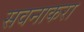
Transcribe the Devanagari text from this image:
सवनाकरा